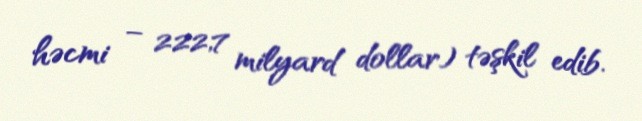
həcmi – 222,7 milyard dollar) təşkil edib.